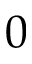
0